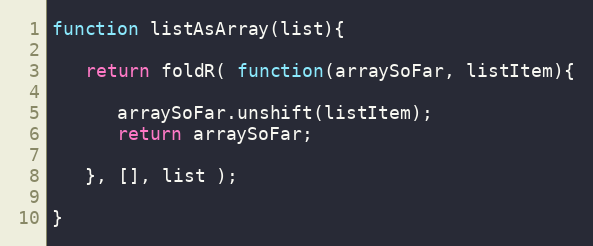
Language: JavaScript
function listAsArray(list){

   return foldR( function(arraySoFar, listItem){

      arraySoFar.unshift(listItem);
      return arraySoFar;

   }, [], list );

}